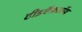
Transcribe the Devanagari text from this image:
टीइऍफ़ऑय